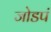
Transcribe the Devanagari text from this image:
जोडपं